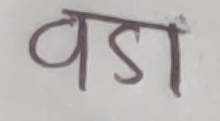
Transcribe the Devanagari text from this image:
वडा